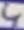
Text: 4